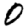
Digit: 0